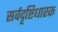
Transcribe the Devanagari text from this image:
सर्वदृष्टिधारक